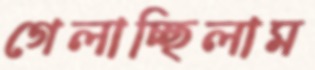
গেলাচ্ছিলাম